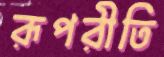
রূপরীতি